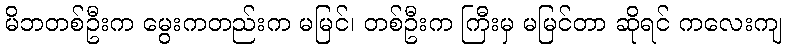
မိဘတစ်ဦးက မွေးကတည်းက မမြင်၊ တစ်ဦးက ကြီးမှ မမြင်တာ ဆိုရင် ကလေးကျ